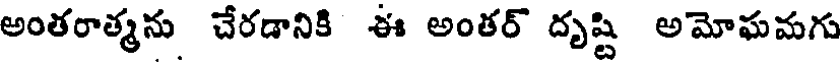
అంతరాత్మను చేరడానికి ఈ అంతర్ దృష్టి అమోఘమగు